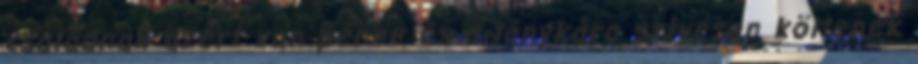
családnak azért van pénze és a lánykára szívesen költenek